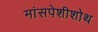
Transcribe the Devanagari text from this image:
मांसपेशीशोथ